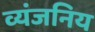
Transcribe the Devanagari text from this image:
व्यंजनिय